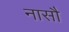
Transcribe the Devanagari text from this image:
नासौ